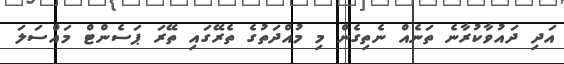
އަދި ދައުވާކުރާނެ ތަނެއް ނެތިގެން މި މުއްދަތުގެ ތެރޭގައި ތޭރަ ޕަސެންޓް މައްސަލަ